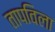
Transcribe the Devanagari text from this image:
तापविला